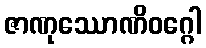
ဇာဏုဿောဏိဝဂ္ဂေါ